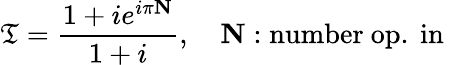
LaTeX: \mathfrak{T}=\frac{{1+ie^{i\pi\mathbf{{N}}}}}{{1+i}},\quad\mathbf{{N}}:\mathrm{{number~op.~in~}}